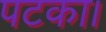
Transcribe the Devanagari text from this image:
पटका।